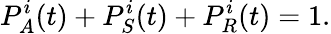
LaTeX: P_{A}^{i}(t)+P_{S}^{i}(t)+P_{R}^{i}(t)=1.